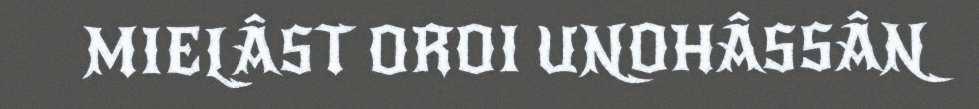
MIELÂST OROI UNOHÂSSÂN